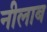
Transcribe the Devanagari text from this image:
नीलाब